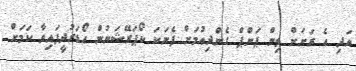
އަދި އެ ރަށަށް ތިން ޕަންޕް ގެންދިއުމަށް ފެނަކަ ކޯޕަރޭޝަނުން އޯޑަރުދީފައިވާ ކަމަށް